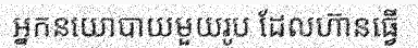
អ្នកនយោបាយមួយរូប ដែលហ៊ានធ្វើ